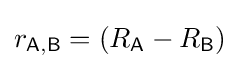
r_{\mathsf {A,B}}=(R_{\mathsf {A}}-R_{\mathsf {B}})